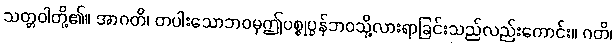
သတ္တဝါတို့၏။ အာဂတိ၊ တပါးသောဘဝမှဤပစ္စုပ္ပန်ဘဝသို့လားရာခြင်းသည်လည်းကောင်း။ ဂတိ၊